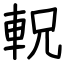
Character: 軦